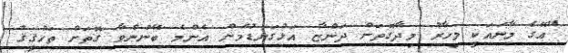
"އޭގެ މާނައަކީ މިހާރު މިދާގޮތަށް ދަންޏާ އަޅުގަނޑުމެން އެންމެ ބޭނުންވާ ގޮތަށް ތަހުޤީޤު